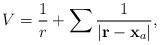
\begin{align*}V = \frac{1}{r} + \sum { 1 \over |{\bf r}-\mathbf{x}_a |},\end{align*}